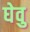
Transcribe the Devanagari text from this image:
घेवु